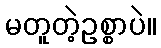
မတူတဲ့ဥစ္စာပဲ။